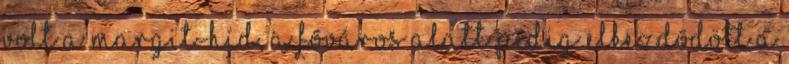
volt a Margit-híd, a fõváros alatt pedig elkezdõdött a